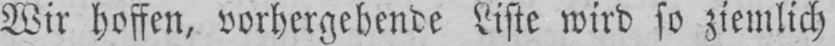
Wir hoffen, vorhergehende Liste wird so ziemlich